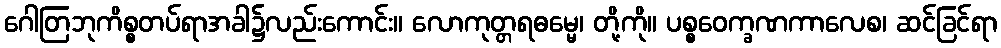
ဂေါတြဘုကိစ္စတပ်ရာအခါ၌လည်းကောင်း။ လောကုတ္တရဓမ္မေ၊ တို့ကို။ ပစ္စဝေက္ခဏကာလေစ၊ ဆင်ခြင်ရာ